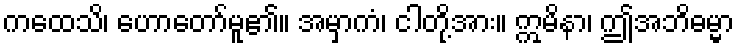
ကထေသိ၊ ဟောတော်မူ၏။ အမှာကံ၊ ငါတို့အား။ ဣမိနာ၊ ဤအဘိဓမ္မာ